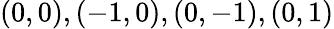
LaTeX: (0,0),(-1,0),(0,-1),(0,1)